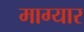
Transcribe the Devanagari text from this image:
माग्यार